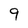
Character: 9